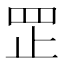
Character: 𦊆